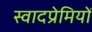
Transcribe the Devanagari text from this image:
स्वादप्रेमियों